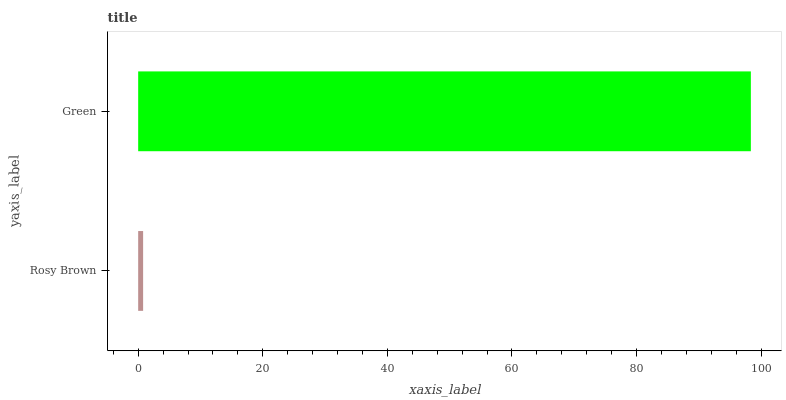
| yaxis_label | bars |
 | --- | --- |
 | Rosy Brown | 0.794 |
 | Green | 98.3 |